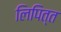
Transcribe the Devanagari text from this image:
लिपित्त